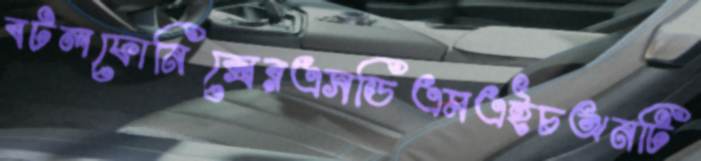
বটলফোনিক্সেরএসডিএমএইচঅনটি